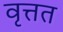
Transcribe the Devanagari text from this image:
वृत्तत